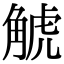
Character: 𧣾